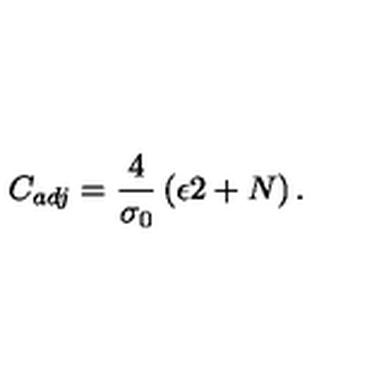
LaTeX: C _ { a d j } = \frac { 4 } { \sigma _ { 0 } } \left( \epsilon 2 + N \right) .